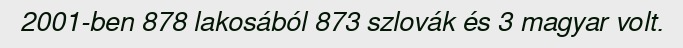
2001-ben 878 lakosából 873 szlovák és 3 magyar volt.